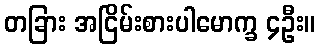
တခြား အငြိမ်းစားပါမောက္ခ ၄ဦး။